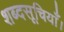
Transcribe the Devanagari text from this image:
शब्दसूचियाँ।